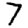
Digit: 7